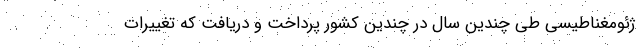
ژئومغناطیسی طی چندین سال در چندین کشور پرداخت و دریافت که تغییرات